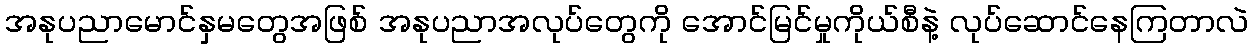
အနုပညာမောင်နှမတွေအဖြစ် အနုပညာအလုပ်တွေကို အောင်မြင်မှုကိုယ်စီနဲ့ လုပ်ဆောင်နေကြတာလဲ